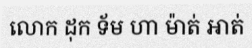
លោក ដុក ទ័ម ហា ម៉ាត់ អាត់